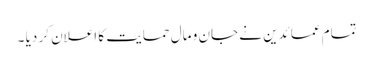
تمام عمائدین نے جان و مال حمایت کا اعلان کر دیا ۔